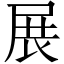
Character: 展